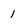
Character: 1